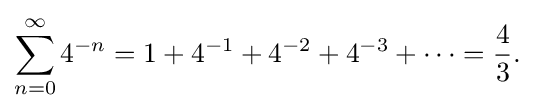
\sum _{n=0}^{\infty }4^{-n}=1+4^{-1}+4^{-2}+4^{-3}+\cdots ={4 \over 3}.\;